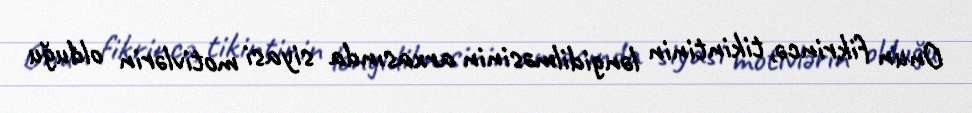
Onun fikrincə, tikintinin ləngidilməsinin arxasında siyasi motivlərin olduğu